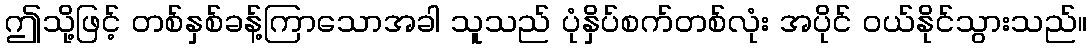
ဤသို့ဖြင့် တစ်နှစ်ခန့်ကြာသောအခါ သူသည် ပုံနှိပ်စက်တစ်လုံး အပိုင် ဝယ်နိုင်သွားသည်။